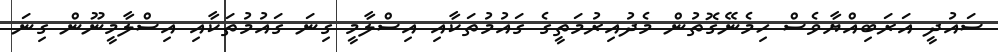
ސައުދީ އަރަބިއްޔާވެސް ހިމެނޭގޮތުން މެދުއިރުމަތީގެ ގައުމުތަކާއި އިސްލާމީ ގިނަ ގައުމުތަކާއި އިސްލާމީނޫން ގިނަ